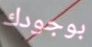
بوجودك